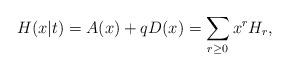
LaTeX: \begin{align*}H(x|t)=A(x)+qD(x)=\sum_{r\geq 0}x^{r}H_{r}, \end{align*}